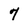
Character: 7